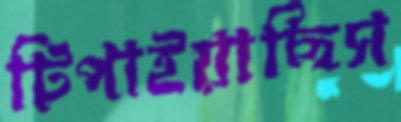
টিপাইয়াছিস